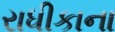
રાધીકાના